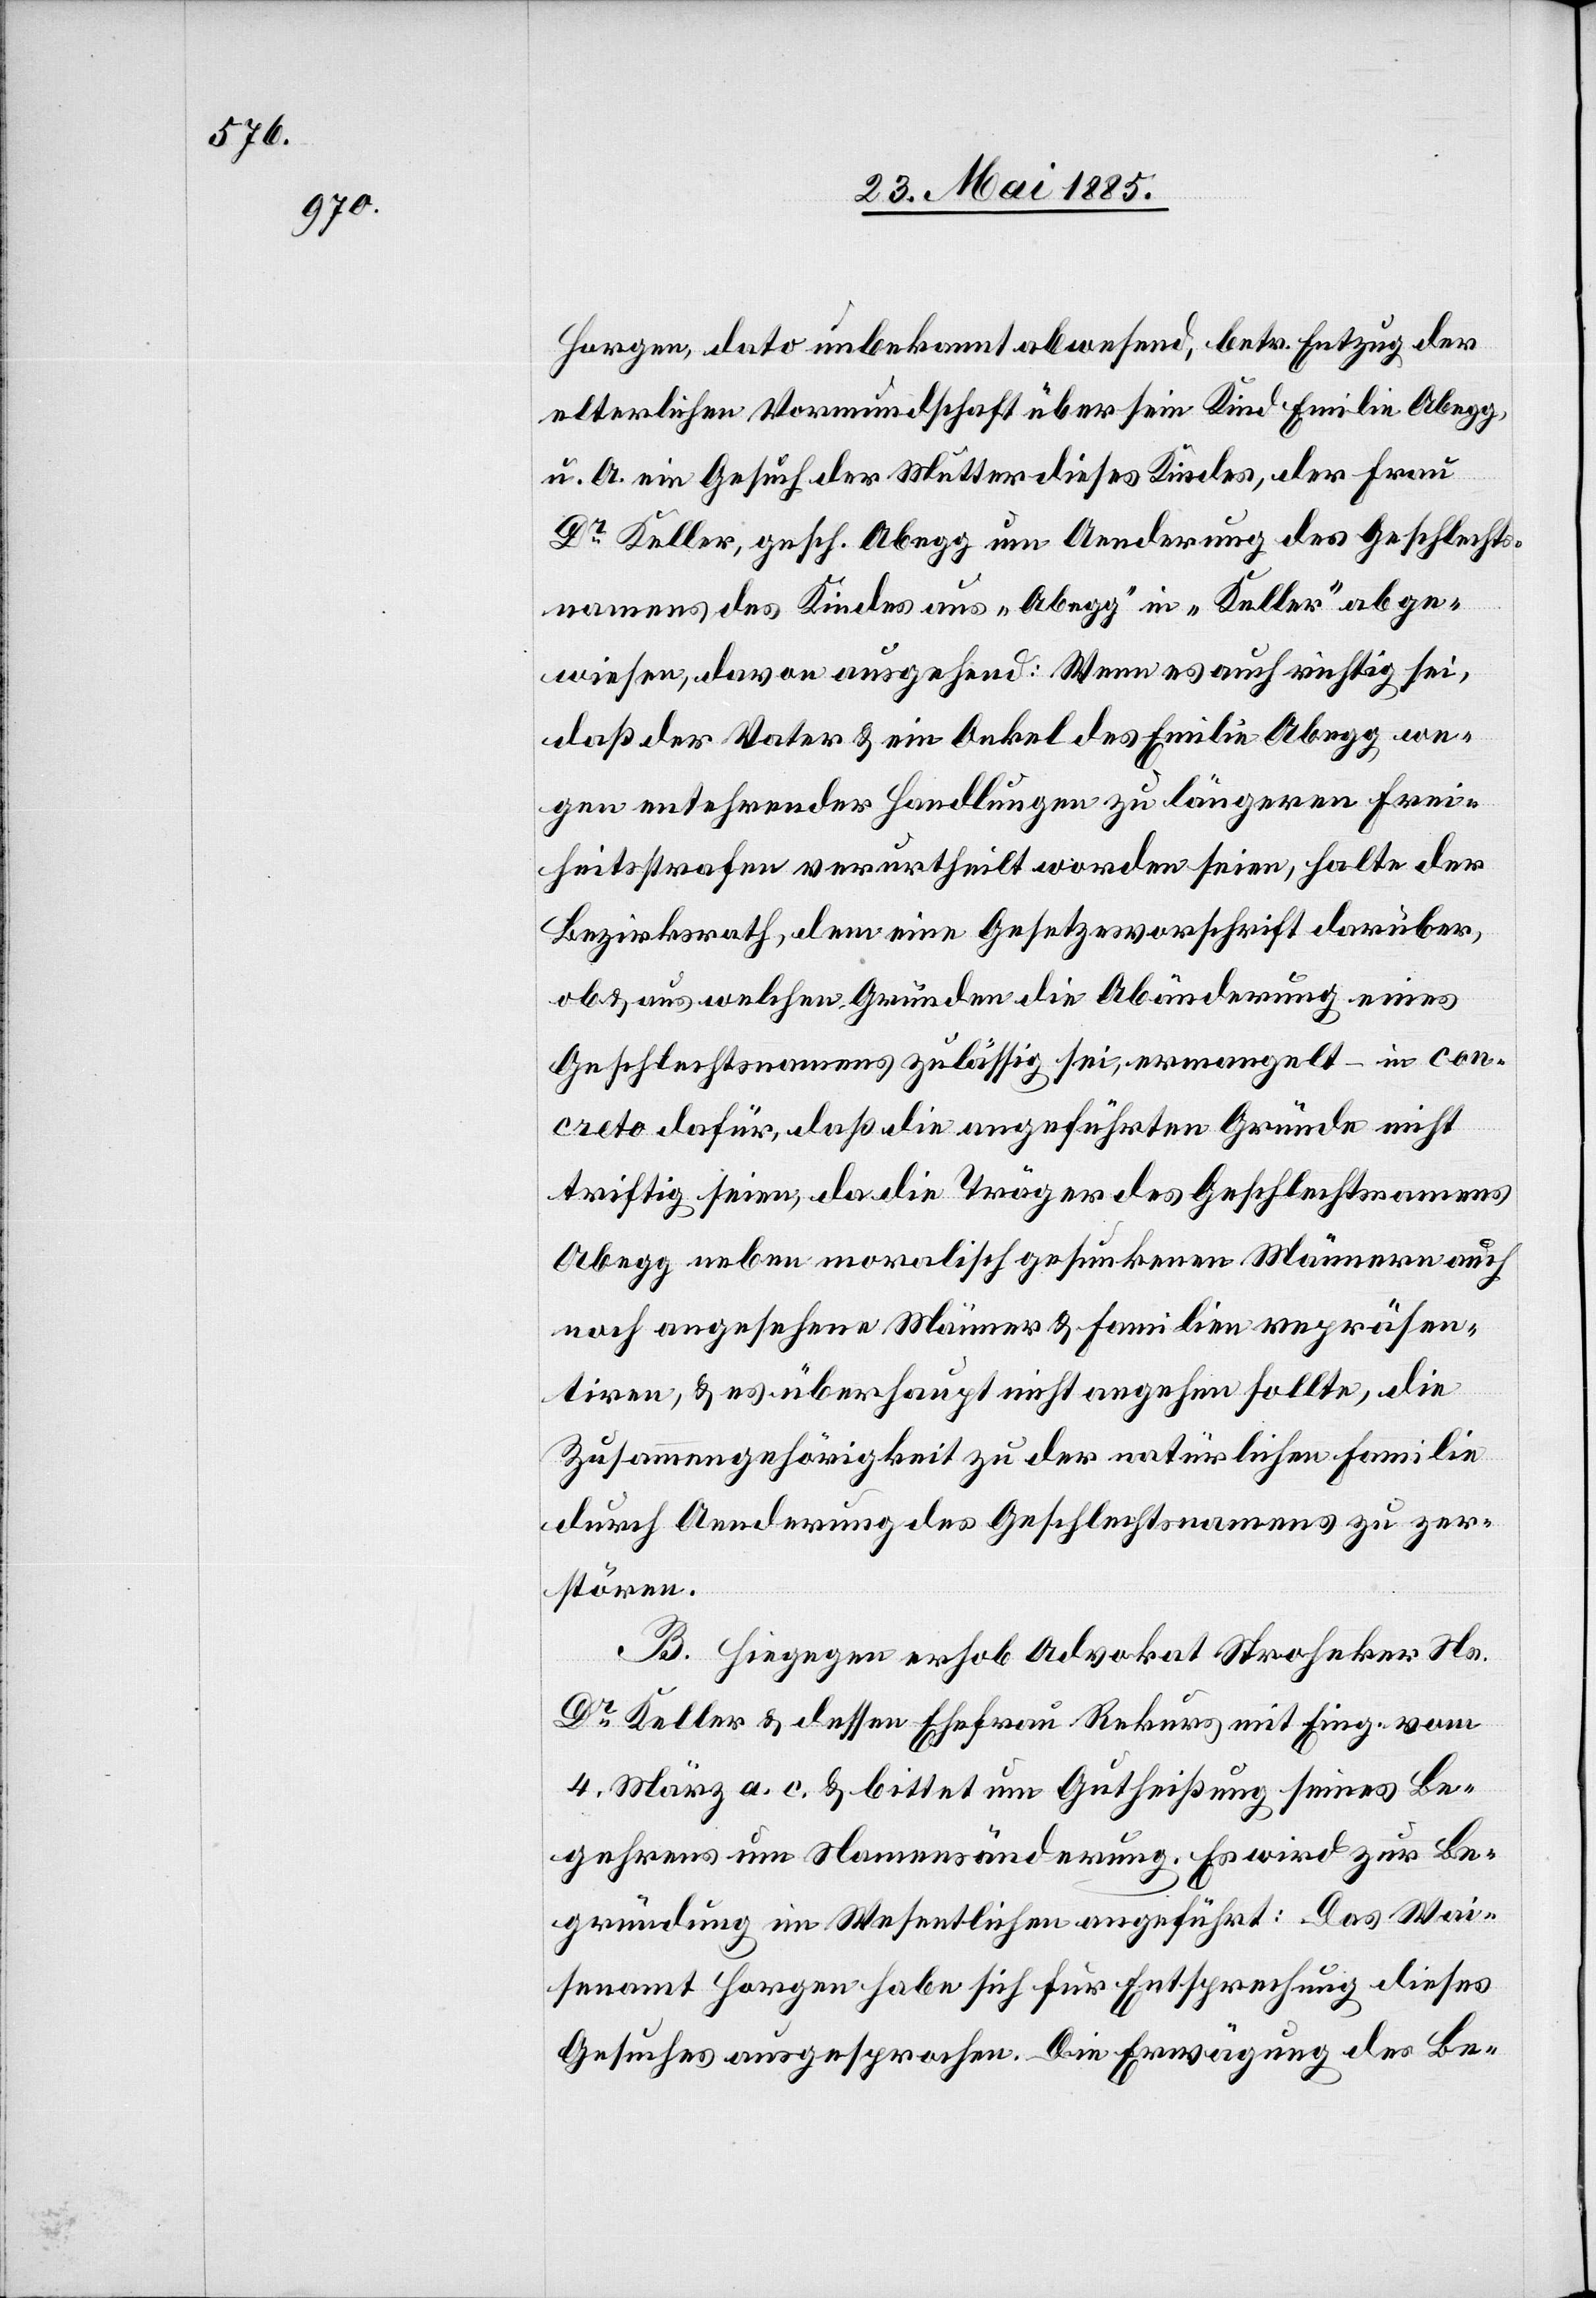
Horgen, dato unbekannt abwesend betr. Entzug der
elterlichen Vormundschaft über sein Kind Emilie Abegg,
u. A. ein Gesuch der Mutter dieses Kinders, der Frau
Dr Keller, gesch. Abegg um Aenderung des Geschlechts¬
namens des Kindes aus „Abegg“ in „Keller“ abge¬
wiesen, davon ausgehend: Wenn es auch richtig sei,
daß der Vater & ein Onkel der Emilie Abegg we¬
gen entehrender Handlungen zu längeren Frei¬
heitsstrafen verurtheilt worden seien, halte der
Bezirksrath dem eine Gesetzesvorschrift darüber,
ob & aus welchen Gründen die Abänderung eines
Geschlechtsnamens zulässig sei, ermangelt – in con¬
creto dafür, daß die angeführten Gründe nicht
triftig seien, da die Träger des Geschlechtsnamens
Abegg neben moralisch gesunkenen Männern auch
noch angesehene Männer & Familien repräsen¬
tire, & es überhaupt nicht angehen sollte, die
Zusammengehörigkeit zu der natürlichen Familie
durch Aenderung des Geschlechtsnamens zu zer¬
stören.
B. Hiegegen erhob Advokat Stroheker Ns.
Dr Keller & dessen Ehefrau Rekurs mit Eing. vom
4. März a. c. & bittet um Gutheißung seines Be¬
gehrens um Namensänderung. Es wird zur Be¬
gründung im wesentlichen angeführt: Das Wai¬
senamt Horgen habe sich für Entsprechung dieses
Gesuches ausgesprochen. Die Erwägung des Be-